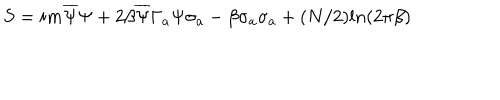
LaTeX: S = i m \overline { { { \Psi } } } \Psi + 2 \beta \overline { { { \Psi } } } \Gamma _ { a } \Psi \sigma _ { a } - \beta \sigma _ { a } \sigma _ { a } + ( N / 2 ) l n ( 2 \pi \beta )